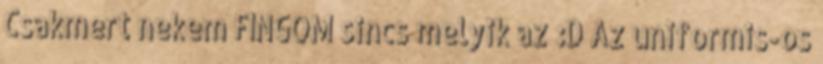
Csakmert nekem FINGOM sincs melyik az :D Az uniformis-os